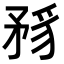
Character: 𥍪